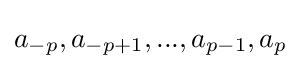
a_{-p},a_{-p+1},...,a_{p-1},a_{p}